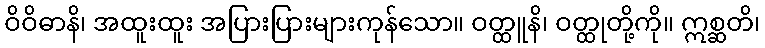
ဝိဝိဓာနိ၊ အထူးထူး အပြားပြားများကုန်သော။ ဝတ္ထူနိ၊ ဝတ္ထုတို့ကို။ ဣစ္ဆတိ၊